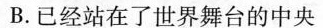
B.已经站在了世界舞台的中央